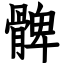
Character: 髀